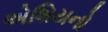
એશિયનો